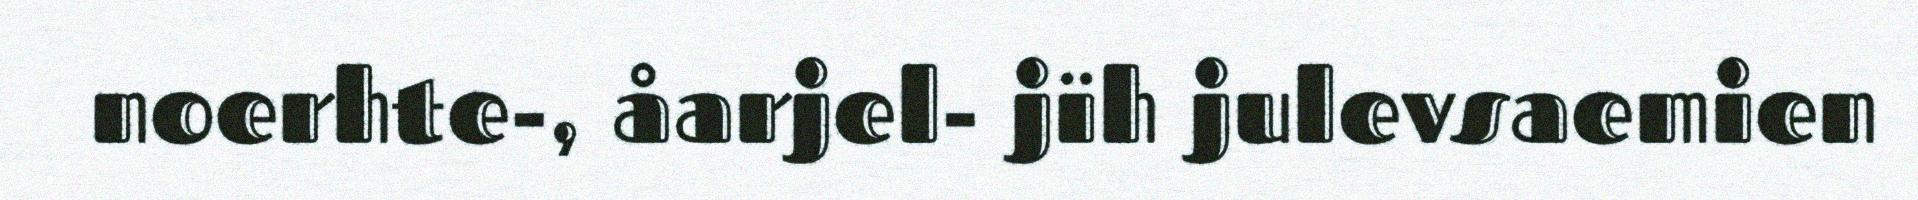
noerhte-, åarjel- jïh julevsaemien